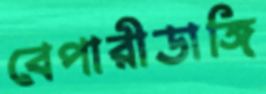
বেপারীডাঙ্গি